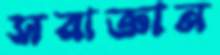
সরাজ্ঞান